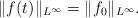
LaTeX: \begin{align*}\|f(t)\|_{L^\infty}=\|f_0\|_{L^\infty}.\end{align*}